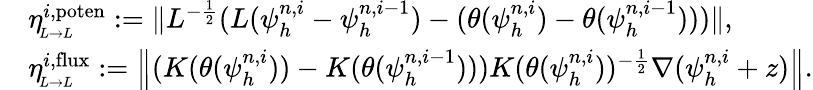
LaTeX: \begin{array}{rl}&{\eta_{\! _{L\to L}}^{i,\mathrm{poten}}:=\| L^{-\frac{1}{2}}(L(\psi_{h}^{n,i}-\psi_{h}^{n,i-1})-(\theta(\psi_{h}^{n,i})-\theta(\psi_{h}^{n,i-1})))\| ,}\\ &{\eta_{\! _{L\to L}}^{i,\mathrm{flux}}:=\left\| (K(\theta(\psi_{h}^{n,i}))-K(\theta(\psi_{h}^{n,i-1})))K(\theta(\psi_{h}^{n,i}))^{-\frac{1}{2}}\nabla(\psi_{h}^{n,i}+z)\right\| .}\end{array}